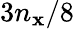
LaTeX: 3n_{\mathbf{x}}/8